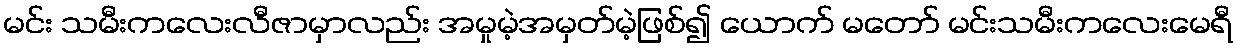
မင်း သမီးကလေးလီဇာမှာလည်း အမှုမဲ့အမှတ်မဲ့ဖြစ်၍ ယောက် မတော် မင်းသမီးကလေးမေရီ